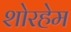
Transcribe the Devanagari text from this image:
शोरहेम